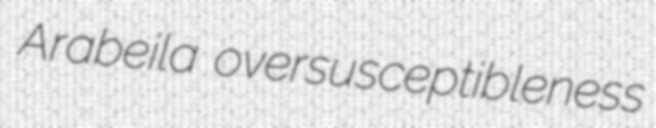
Arabeila oversusceptibleness